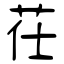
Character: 茌